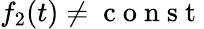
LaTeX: f_{2}(t)\ne\mathrm{~c~o~n~s~t~}